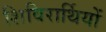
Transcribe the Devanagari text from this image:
शिविरार्थियों